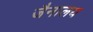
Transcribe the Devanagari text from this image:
जैनालय